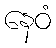
နေဝံ